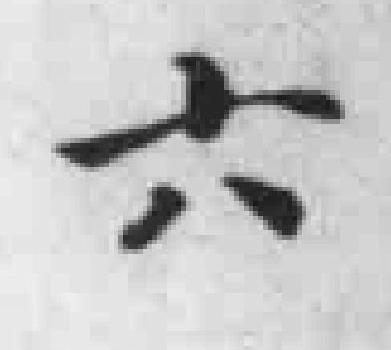
六